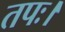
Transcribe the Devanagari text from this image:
तपः।